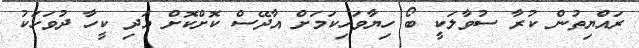
ރައްޔިތުން ކުރާ ސުވާލަކީ ބޯ ހިޔާވަހިކަމަށް އާދޭސް ކޮށްކޮށް އަދި ކީހާ ދުވަހަކު